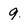
Character: 9